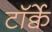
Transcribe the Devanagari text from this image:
टॉर्क्वे